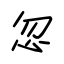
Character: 忽